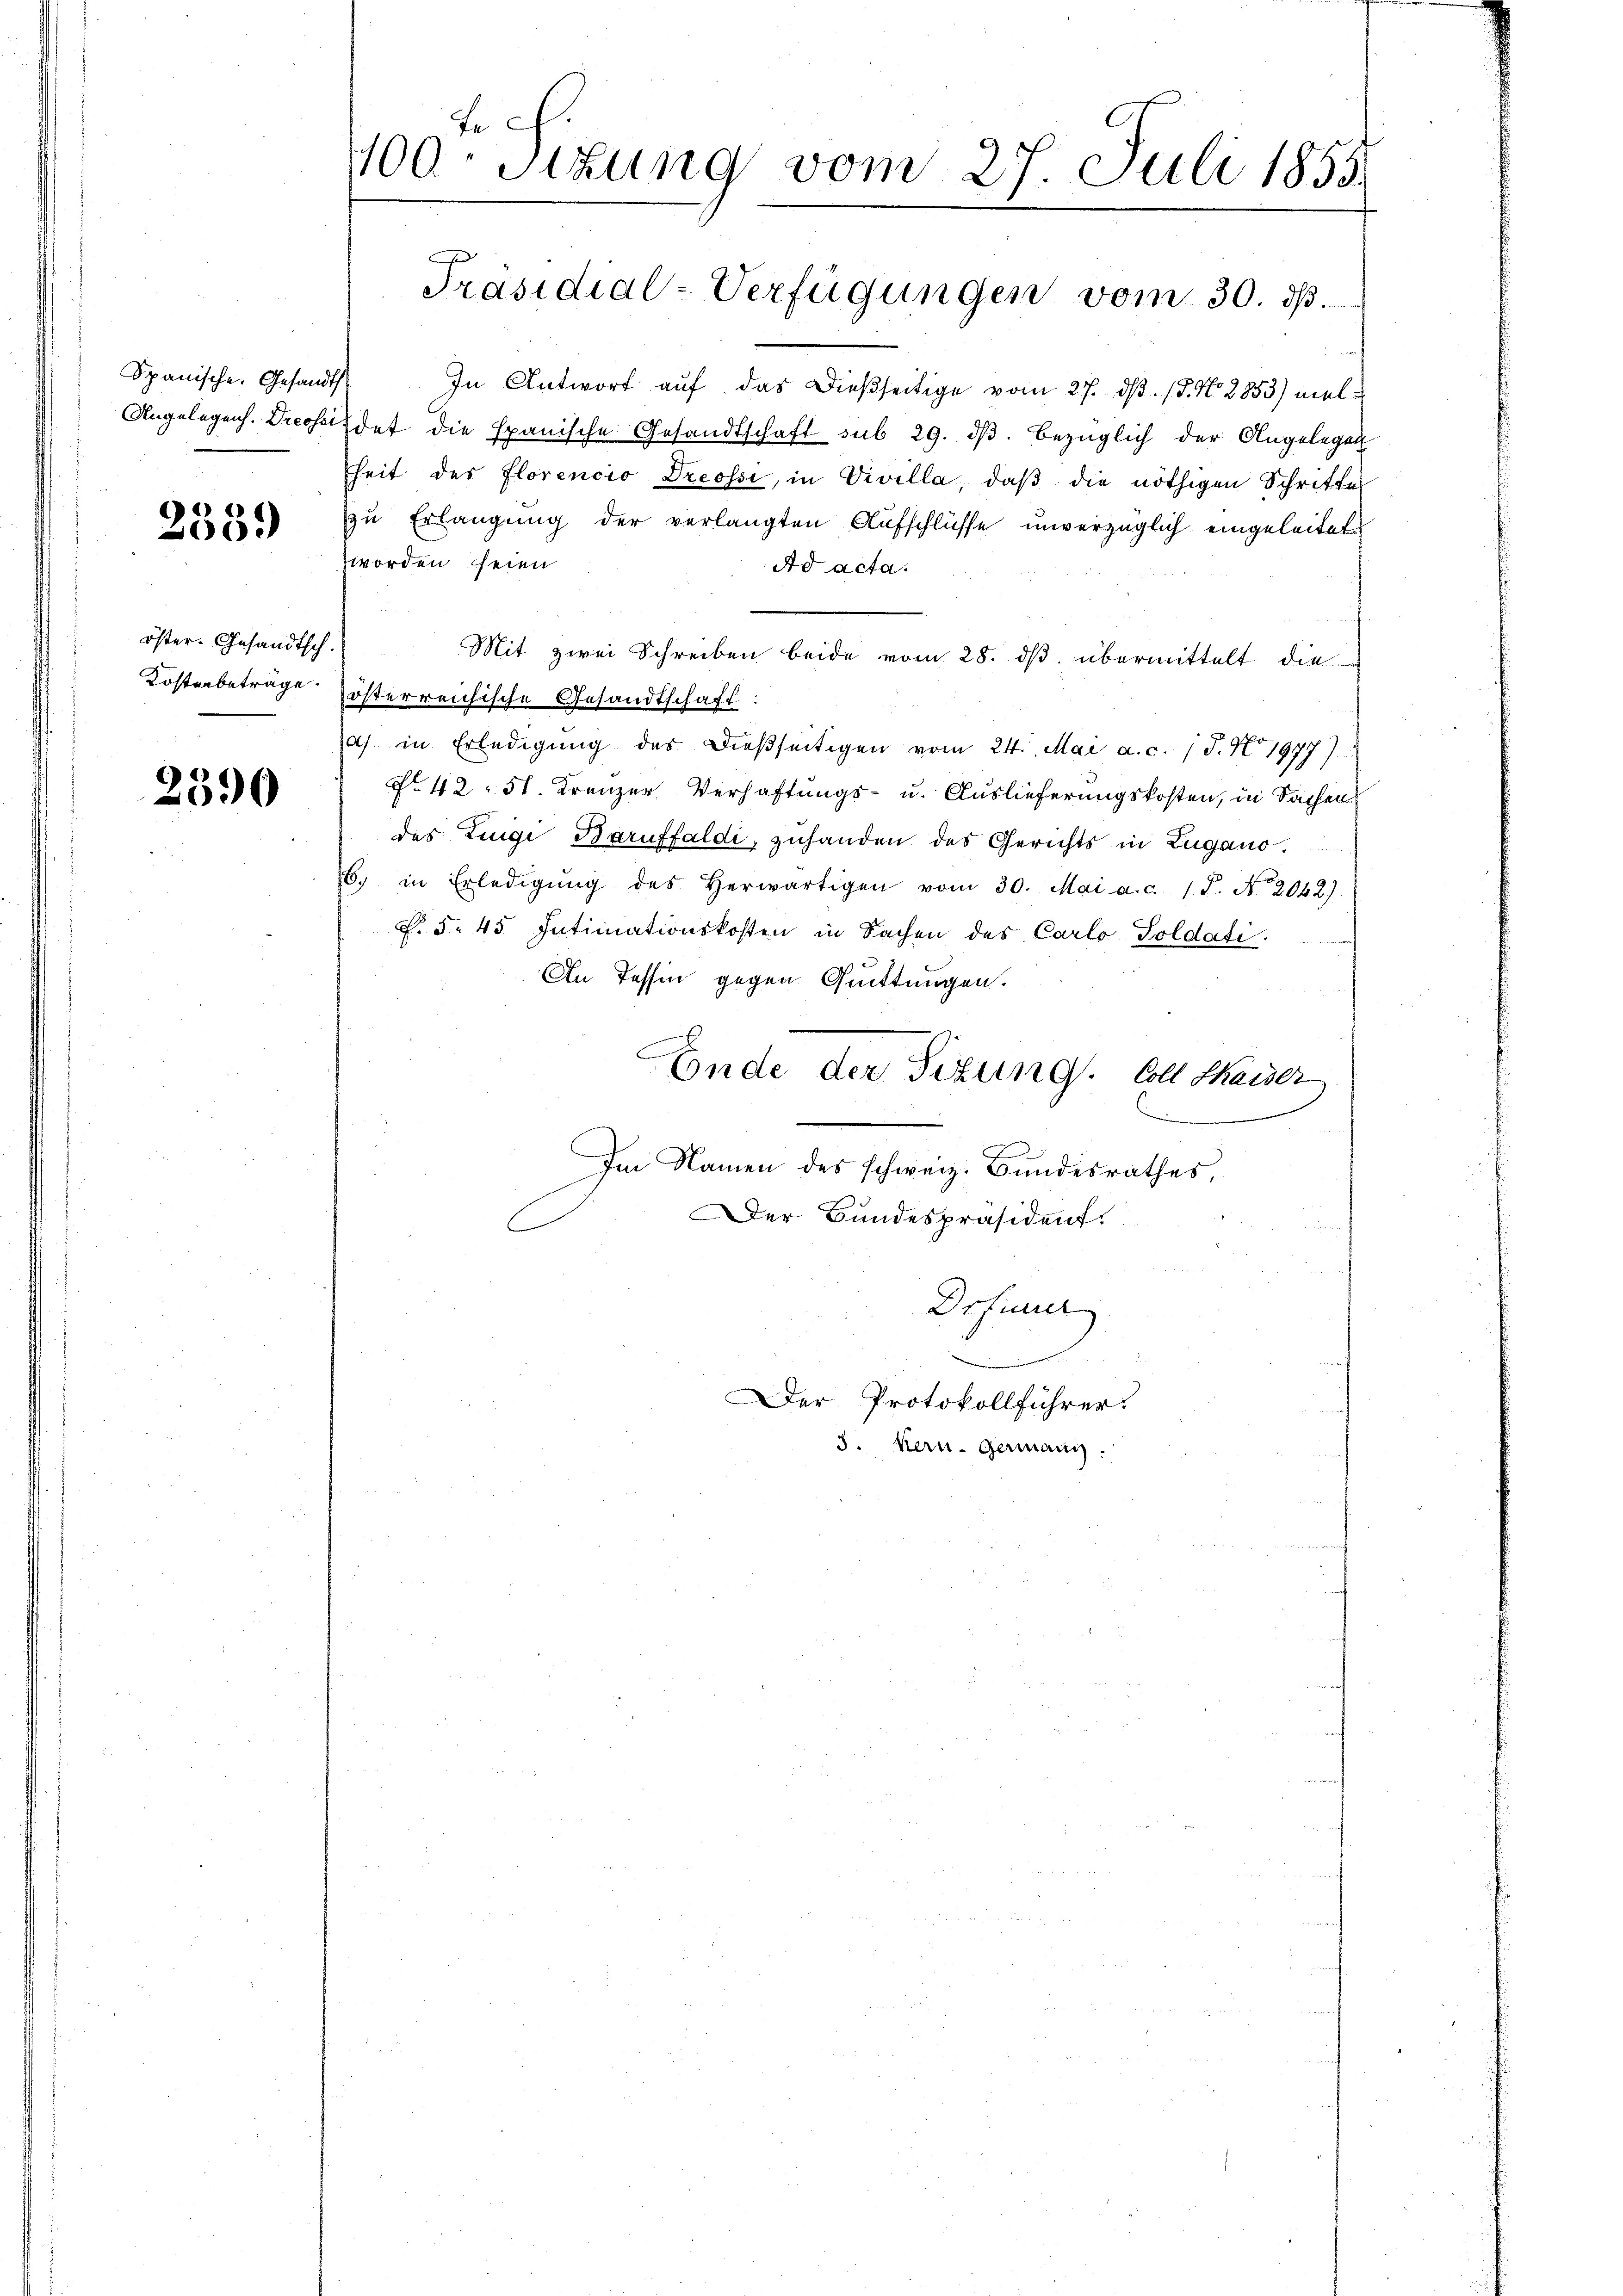
Spanische. Gesandts
Angelegens. Dreosei

2359)

öster. Gesandtsch.
Kostenbeträge.

2390

Tr
400. Sizung vom 27. Juli 1855.

Präsidial-Verfügungen vom 30. ds.

In Antwort auf das dießseitige vom 27. ds. 18. No. 2853) mel
det die Epanische Gesandtschaft sub 29. dβ. bezüglich der Angelegen
heit der Florencio Dreossi, in Vivilla, daß die nöthigen Schrifte
zu Erlangung der verlangten Aufschlüsse unverzüglich eingeleitet
zworden seien
Ad acta.
Mit zwei Schreiben beide vom 28. ds. übermittelt die
österreichische Gesandtschaft
a) in Erledigŭng des dießseitigen vom 24. Mai a. c. J. No 1977)
No. 42. 51. Franzer Verhaftungs- u. Auslieferungskosten, in Sachen
des Luigi Baruffaldi, zuhanden des Gerichts in Zugano.
6. in Erledigŭng des herwärtigen vom 30. Mai a.c. (T. No. 2042.)
F. §. 45. Intimationskosten in Sachen des Carlo Goldati
An Tessin gegen Quittungen.
Ende der Sitzung. Coll Haider
Im Namen des schweiz. Bundesrathes,
Der Bundespräsident.
Drfeuer
Der Protokollführer

3. Kern. Germani